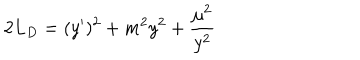
2 L _ { D } = ( y ^ { \prime } ) ^ { 2 } + m ^ { 2 } y ^ { 2 } + { \frac { \mu ^ { 2 } } { y ^ { 2 } } } \qquad